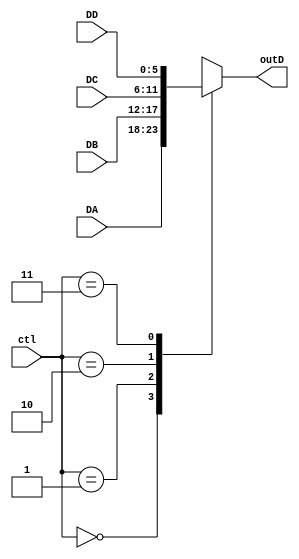
module mux5bits (ctl, DA, DB, DC, DD, outD);
	input [1:0] ctl;
	input [5:0] DA, DB, DC, DD;
	output reg [5:0] outD;
	
	always @ (*) begin
		case (ctl) 
			2'b00: outD = DA;
			2'b01: outD = DB;
			2'b10: outD = DC;
			2'b11: outD = DD;
		endcase
	end
endmodule